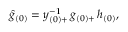
\hat { g } _ { ( 0 ) } = y _ { ( 0 ) + } ^ { - 1 } \, g _ { ( 0 ) + } \, h _ { ( 0 ) } ,